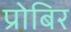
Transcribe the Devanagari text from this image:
प्रोबिर